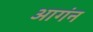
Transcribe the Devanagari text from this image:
आगंन